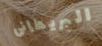
البريطانى